Annual statistical returns and brief notes on vaccination in Bengal - 1909-1929
Year: 1909
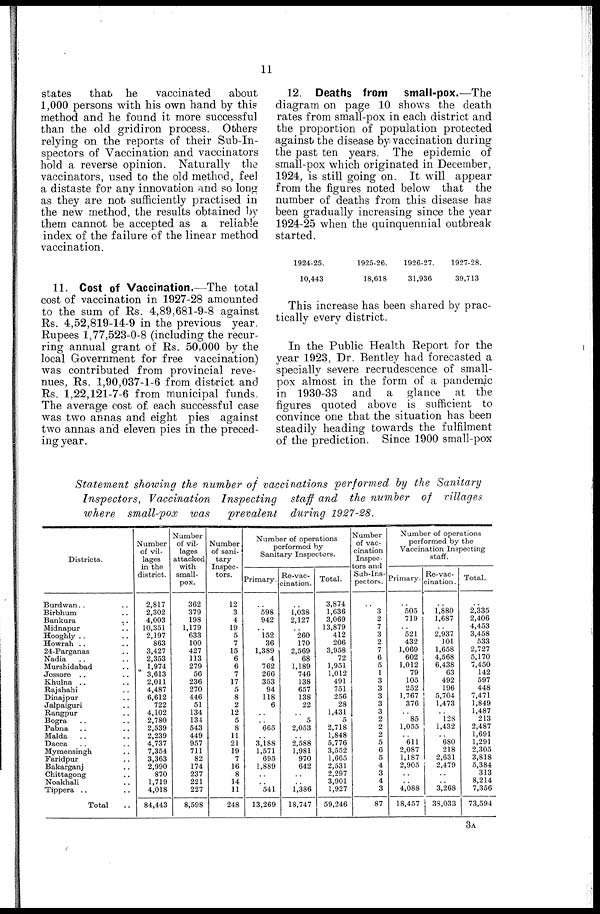
11
states
that he
vaccinated
about
1,000 persons with his own hand by this
method and he found it more successful
than the old gridiron process. Others
relying on the reports of their Sub-In-
spectors of Vaccination and vaccinators
hold a reverse opinion. Naturally the
vaccinators, used to the old method, feel
a distaste for any innovation and so long
as they are not sufficiently practised in
the new method, the results obtained by
them cannot be accepted as a reliable
index of the failure of the linear method
vaccination.
11. Cost of Vaccination.—The total
cost of vaccination in 1927-28 amounted
to the sum of Rs. 4,89,681-9-8 against
Rs. 4,52,819-14-9 in the previous year.
Rupees 1,77,523-0-8 (including the recur-
ring annual grant of Rs. 50,000 by the
local Government for free vaccination)
was contributed from provincial reve-
nues, Rs. 1,90,037-1-6 from district and
Rs. 1,22,121-7-6 from municipal funds.
The average cost of each successful case
was two annas and eight pies against
two annas and eleven pies in the preced-
ing year.
Statement showing the number of vaccinations performed by the Sanitary
Inspectors, Vaccination Inspecting
staff and the number of villages
where small-pox was
prevalent
during 1927-28.
Districts.
Burdwan .. ..
Birbhum ..
Bankura ..
Midnapur ..
Hooghly .. ..
Howrah .. ..
24-Parganas ..
Nadia .. ..
Murshidabad ..
Jossore .. ..
Khulna .. ..
Rajshahi ..
Dinajpur ..
Jalpaiguri ..
Rangpur ..
Bogra .. ..
Pabna .. ..
Malda .. ..
Dacca .. ..
Mymensingh ..
Faridpur ..
Bakarganj ..
Chittagong ..
Noakhali ..
Tippera .. ..
Total ..
Number
of vil-
lages
in the
district.
2,817
2,302
4,003
10,351
2,197
863
3,427
2,353
1,974
3,613
2,011
4,487
6,612
722
4,102
2,780
2,539
2,239
4,737
7,354
3,363
2,990
870
1,719
4,018
84,443
Number
of vil-
lages
attacked
with
small-
pox.
362
379
198
1,179
633
100
427
113
279
56
236
270
446
51
134
134
543
449
957
711
82
174
237
221
227
8,598
Number
of sani-
tary
Inspec-
tors.
12
3
4
19
5
7
15
6
6
7
17
5
8
2
12
5
8
11
21
19
7
16
8
14
11
248
Number of operations
performed by
Sanitary Inspectors.
Primary.
..
598
942
..
152
36
1,389
4
762
266
353
94
118
6
..
..
665
..
3,188
1,571
695
1,889
..
..
541
13,269
Re-vac-
cination.
..
1,038
2,127
..
260
170
2,569
68
1,189
746
138
657
138
22
..
5
2,053
..
2,588
1,981
970
642
..
..
1,386
18,747
Total.
3,874
1,636
3,069
13,879
412
206
3,958
72
1,951
1,012
491
751
256
28
1,431
5
2,718
1,848
5,776
3,552
1,665
2,531
2,297
3,901
1,927
59,246
Number
of vac-
cination
Inspec-
tors and
Sub-Ins-
pectors.
..
3
2
7
3
2
7
6
5
1
3
3
3
3
3
2
2
2
5
6
5
4
3
4
3
87
Number of operations
performed by the
Vaccination Inspecting
staff.
Primary.
..
505
719
..
521
432
1,069
602
1,012
79
105
252
1,767
376
..
85
1,055
..
611
2,087
1,187
2,905
..
..
4,088
18,457
Re-vac-
cination.
..
1,880
1,687
..
2,937
101
1,658
4,568
6,438
63
492
196
5,704
1,473
..
128
1,432
..
680
218
2,631
2,479
..
..
3,268
38,033
Total.
..
2,335
2,406
4,453
3,458
533
2,727
5,170
7,450
142
597
448
7,471
1,849
1,487
213
2,487
1,691
1,291
2,305
3,818
5,384
313
8,214
7,356
73,594
12. Deaths from
small-pox.—The
diagram on page 10 shows the death
rates from small-pox in each district and
the proportion of population protected
against the disease by vaccination during
the past ten years. The epidemic of
small-pox which originated in December,
1924, is still going on. It will appear
from the figures noted below that the
number of deaths from this disease has
been gradually increasing since the year
1924-25 when the quinquennial outbreak
started.
1924-25.
10,443
1925-26.
18,618
1926-27.
31,936
1927-28.
39,713
This increase has been shared by prac-
tically every district.
In the Public Health Report for the
year 1923, Dr. Bentley had forecasted a
specially severe recrudescence of small-
pox almost in the form of a pandemic
in 1930-33 and a glance at the
figures quoted above is sufficient to
convince one that the situation has been
steadily heading towards the fulfilment
of the prediction. Since 1900 small-pox
3A